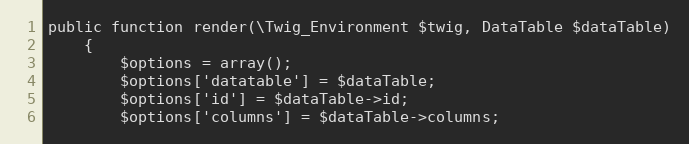
Language: PHP
public function render(\Twig_Environment $twig, DataTable $dataTable)
    {
        $options = array();
        $options['datatable'] = $dataTable;
        $options['id'] = $dataTable->id;
        $options['columns'] = $dataTable->columns;